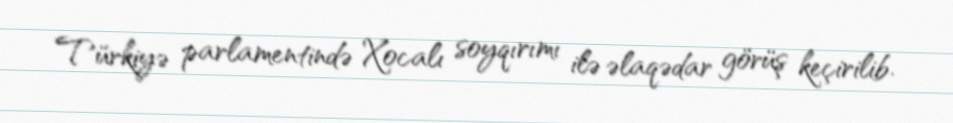
Türkiyə parlamentində Xocalı soyqırımı ilə əlaqədar görüş keçirilib.